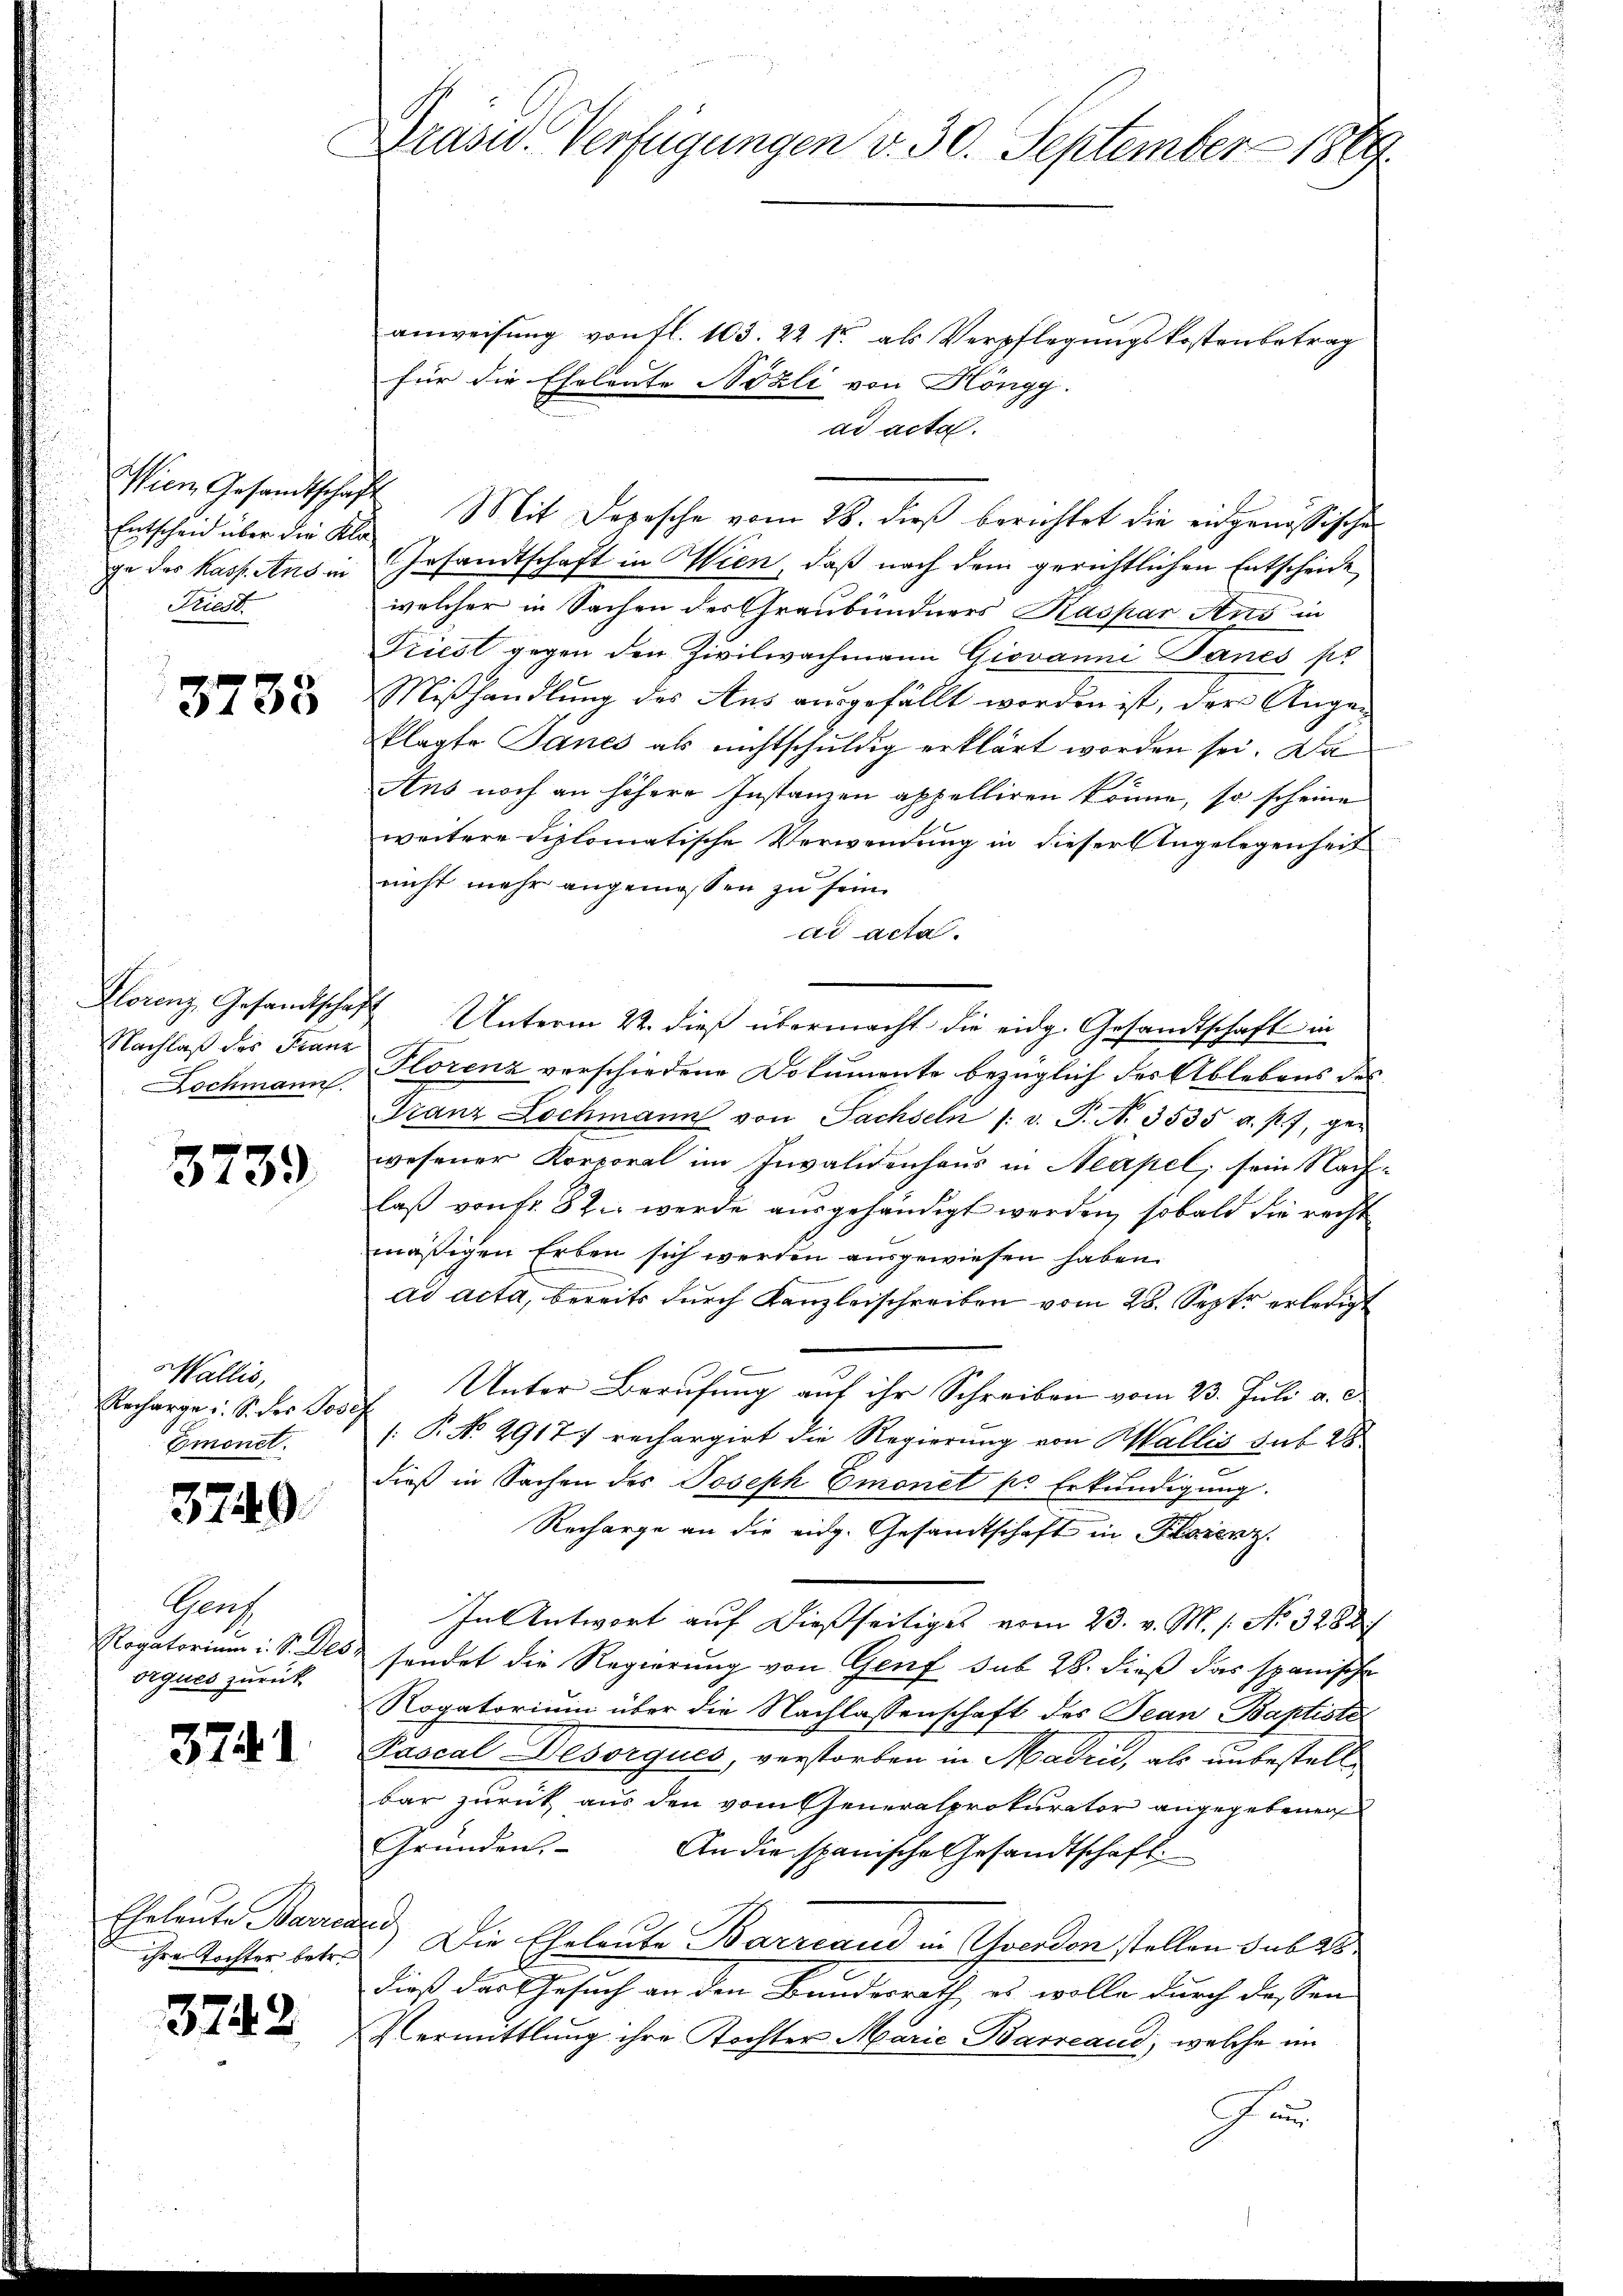
Wien Gesandtschaf
Entscheid über die Klage des Kasp. Ans in
Triest.

3735

Klorenz, Gesandtschaf
Nachlaß des Franz
Lochmann.

3739

allis,
Recharge u. S. des Jose
Emonet.

3749

Sa
Rogatorium i. S. Des
Orques zurück

3741

Eheleute Barrca
ihre Tochter betr.

3742

Präsid. Verfügungen v. 30. September 1869.

anweisung von fl. 103. 22 fr. als Verpflegungskostenbetrag
für die Eheleute Nozli von Höngg.
ad acta.
2. Mit Depesche vom 28. dieß berichtet die eidgenössischen
Gesandtschaft in Wien, daß nach dem gerichtlichen Entscheide
welcher in Sachen der Graubündners Kaspar Ans in
Priest gegen den Zivilwachmann Giovanni Danes pr
Mißhandlung des Aus ausgefällt worden ist, der Angeklagte Janes als nichtschuldig erklärt worden sei. Da
Ans noch an höhere Instanzen appelliren könne, so scheine
weitere Diplomatische Verwendung in dieser Angelegenheit
nicht mehr angemessen zu sein.
ad acta.
 Unterm 22. dieß übermacht die eidg. Gesandtschaft in
Florenz verschiedene Dokumente bezüglich der Ablebens des
Franz Lochmann von Sachseln /: v. P. N. 3535. v. P. 7, ger
wesener Korporal im Invalidenhaus in Neapel, sein Nachlaß von fr. 82. werde ausgehändigt werden, sobald die recht
mäßigen Erben sich werden ausgewiesen haben.
ad acta, bereits durch Kanzleischreiben vom 28. Sept. erledigt
Unter Berufung auf ihr Schreiben vom 23. Juli a. c.
[: P. No. 2917; rechargirt die Regierung von Wallis sub. 28
dieß in Sachen des Joseph Emonet pr Erkundigung.
Recharge an die eidg. Gesandtschaft in Florenz
In Antwort auf dießseitiges vom 23. v. M. s. No. 3288
sendet die Regierung von Genf sub 28. dieß das spanische
Rogatorium über die Nachlassenschaft des Jean Baptiste
Pascal Besorgues, verstorben in Madrid, als unbestellbar zurück aus den vom Generalprokurator angegebenen
Gründen.
An die spanische Gesandtschaft.
f
Die Eheleute Barrcaud in vorden stellen sub 28
dieß der Gesuch an den Bundesrath, es wolle durch dessen
Vermittlung ihre Tochter Marie Barreaud, welche im
Jun